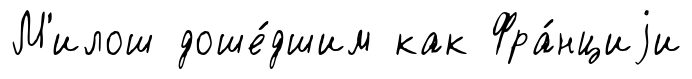
М'илош доше́дшим как Фра́нциjи